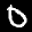
Label: 0